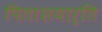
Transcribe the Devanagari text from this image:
पिताशयार्ति